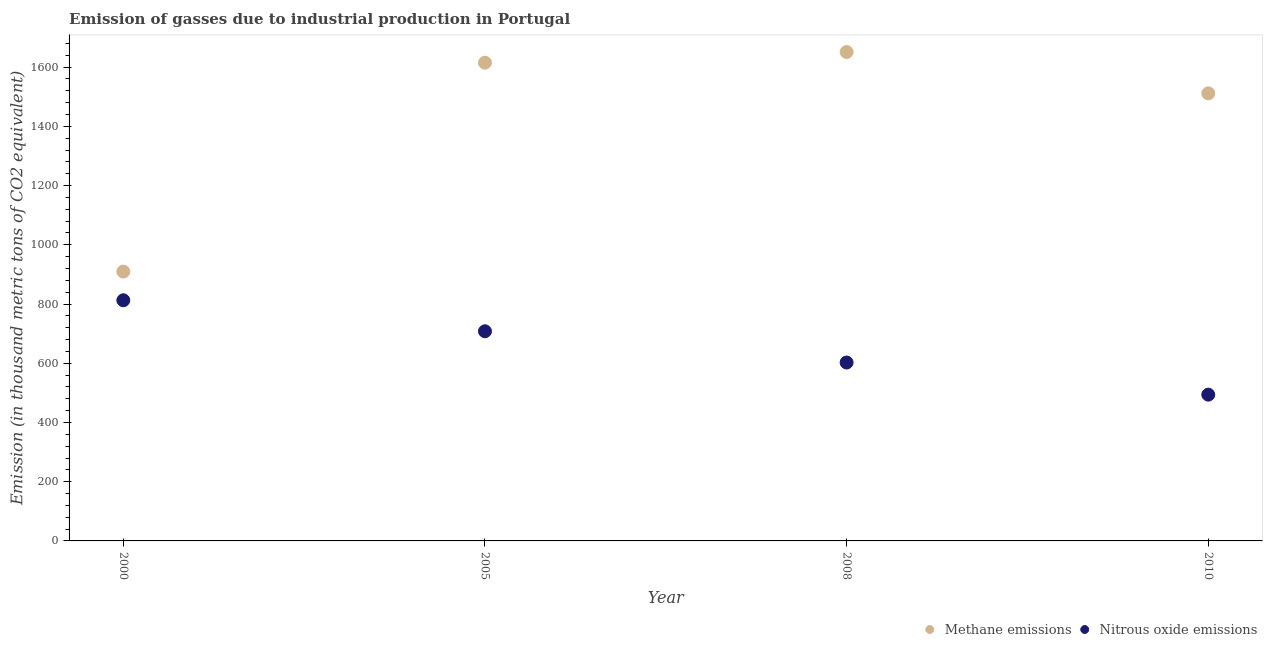
| Year | Methane emissions | Nitrous oxide emissions |
 | --- | --- | --- |
 | 2000 | 910 | 813 |
 | 2005 | 1.62e+03 | 708 |
 | 2008 | 1.65e+03 | 602 |
 | 2010 | 1.51e+03 | 494 |